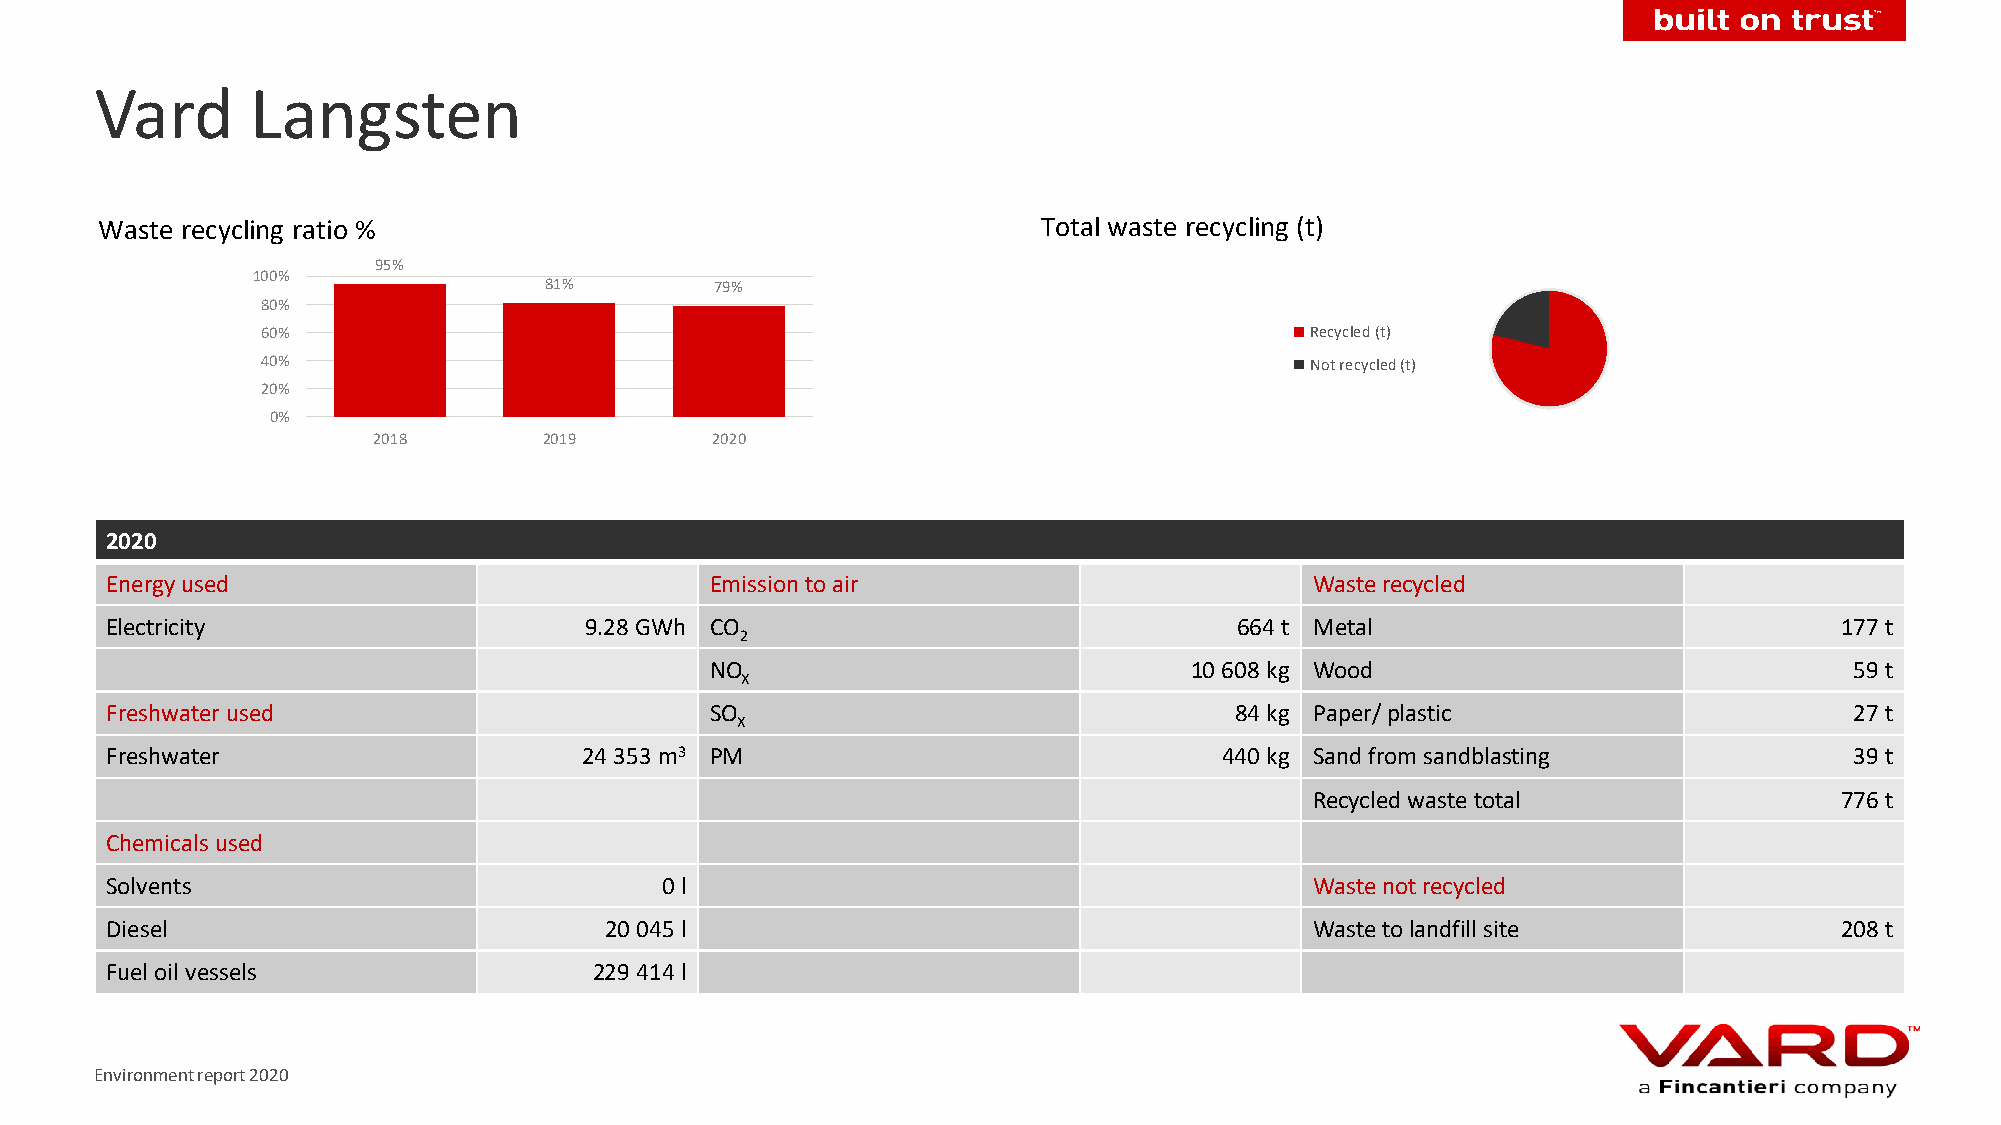
Vard       Langsten
 Waste recycling ratio %                                        Total waste recycling (t)
 95%
 100%
 81%        79%
 80%
 60%                                                                   Recycled (t)
 40%                                                                   Not recycled (t)
 20%
 0%
 2018       2019       2020
 2020
 Energy used                             Emission to air                         Waste recycled
 Electricity                     9.28 GWh CO                                664 t Metal                             177 t
 2
 NO                              10 608 kg Wood                              59 t
 X
 Freshwater used                         SO                                 84 kg Paper/plastic                      27 t
 X
 Freshwater                      24 353 m3 PM                              440 kg Sand from sandblasting             39 t
 Recycled waste total               776 t
 Chemicals used
 Solvents                             0l                                         Waste not recycled
 Diesel                           20 045 l                                       Waste to landfill site             208 t
 Fuel oil vessels                229 414 l
 Environment report 2020